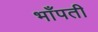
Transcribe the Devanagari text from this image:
भाँपती